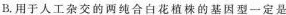
B.用于人工杂交的两纯合白花植株的基因型一定是